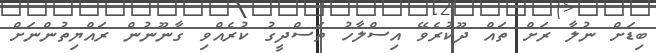
ބިޑަށް ނުލާ ރަށް ތައް ދޫކުރެވޭ އިސްލާހު ތަސްދީގު ކުރެއްވި ގާނޫނުން ރައްޔިތުންނަށް